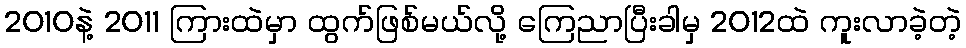
2010နဲ့ 2011 ကြားထဲမှာ ထွက်ဖြစ်မယ်လို့ ကြေညာပြီးခါမှ 2012ထဲ ကူးလာခဲ့တဲ့